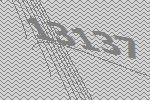
13137